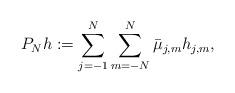
LaTeX: \begin{align*}P_N h:= \sum_{j=-1}^N \sum_{m= -N}^{N} \bar \mu_{j,m} h_{j,m}, \end{align*}